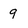
Character: 9